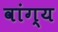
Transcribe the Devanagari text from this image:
वांग्य